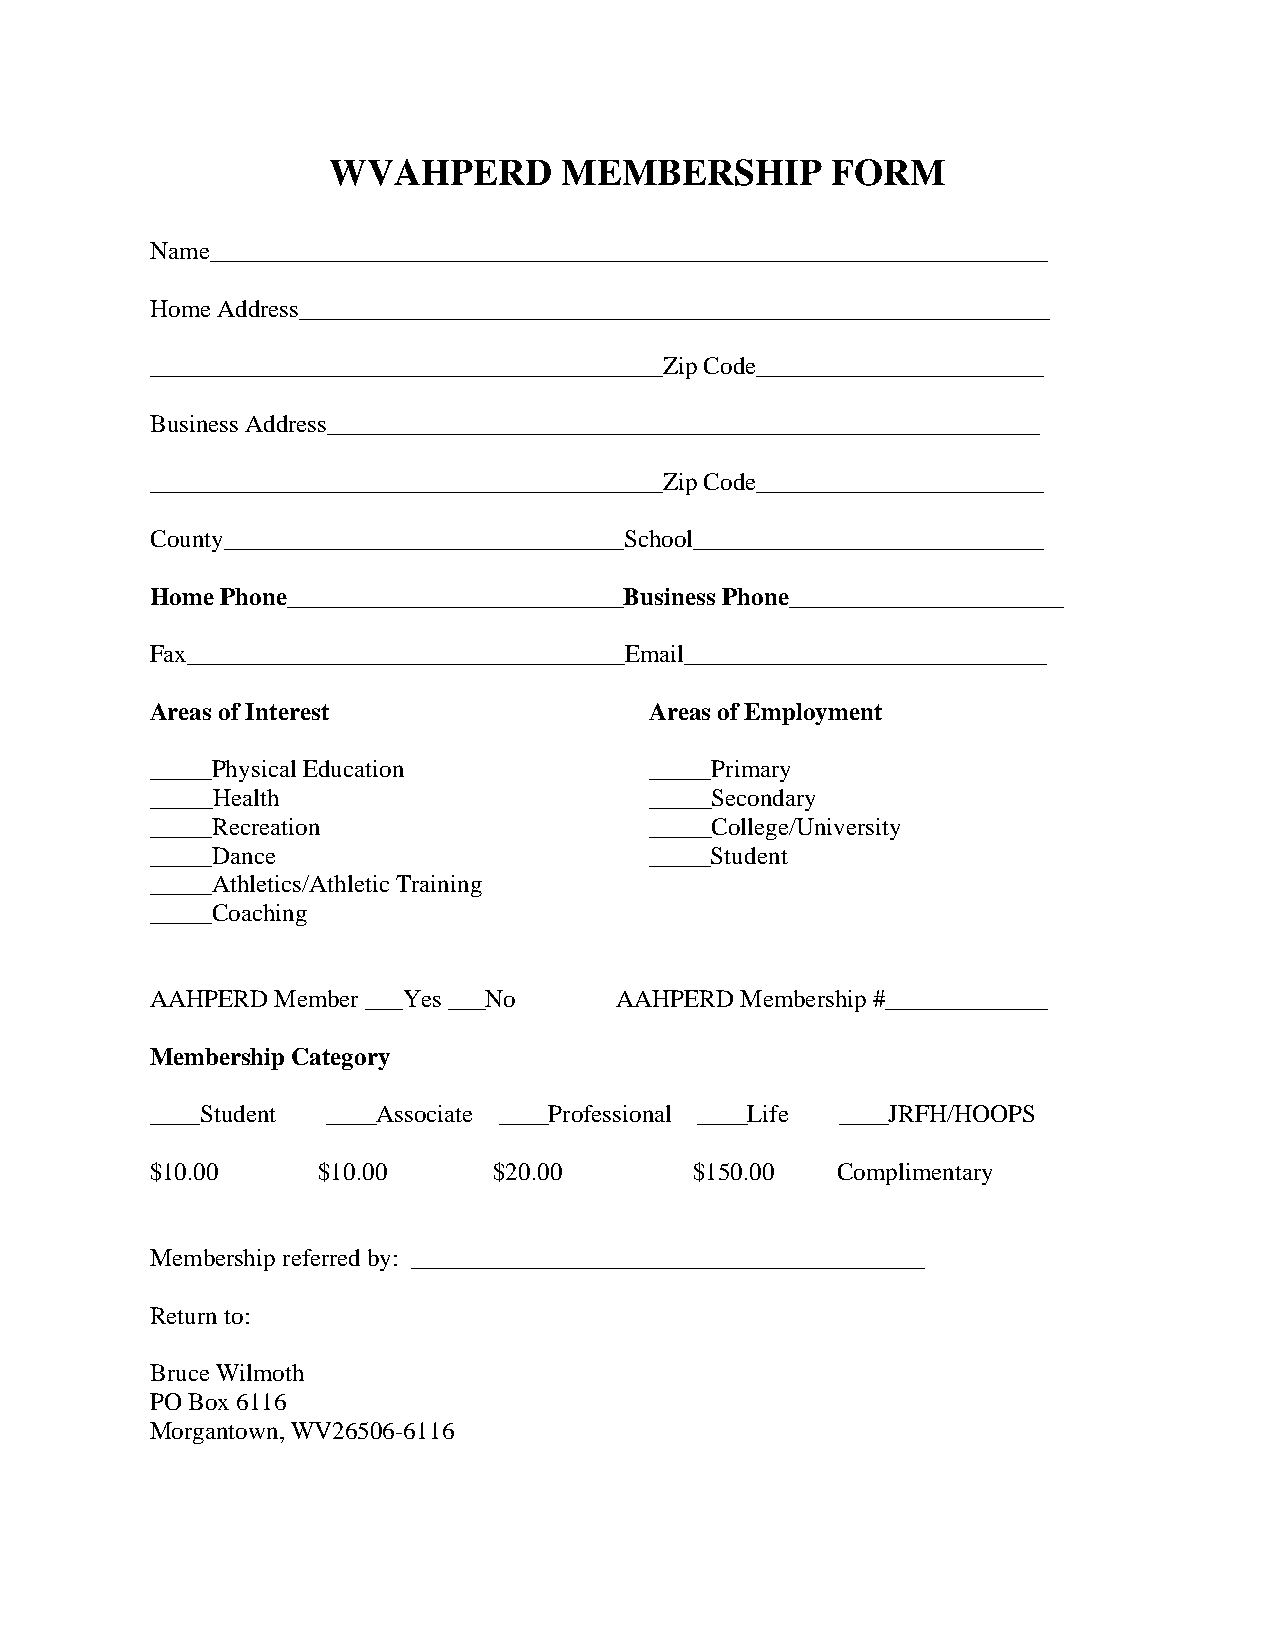
WVAHPERD       MEMBERSHIP        FORM
 Name___________________________________________________________________
 Home Address____________________________________________________________
 _________________________________________Zip Code_______________________
 Business Address_________________________________________________________
 _________________________________________Zip Code_______________________
 County________________________________School____________________________
 Home Phone___________________________Business Phone______________________
 Fax___________________________________Email_____________________________
 Areas of Interest                Areas of Employment
 _____Physical Education          _____Primary
 _____Health                      _____Secondary
 _____Recreation                  _____College/University
 _____Dance                       _____Student
 _____Athletics/Athletic Training
 _____Coaching
 AAHPERD Member ___Yes ___No    AAHPERD Membership #_____________
 Membership Category
 ____Student ____Associate ____Professional ____Life ____JRFH/HOOPS
 $10.00     $10.00      $20.00       $150.00  Complimentary
 Membership referred by: _________________________________________
 Return to:
 Bruce Wilmoth
 PO Box 6116
 Morgantown, WV26506-6116